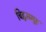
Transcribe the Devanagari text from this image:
चिह्नसमूह